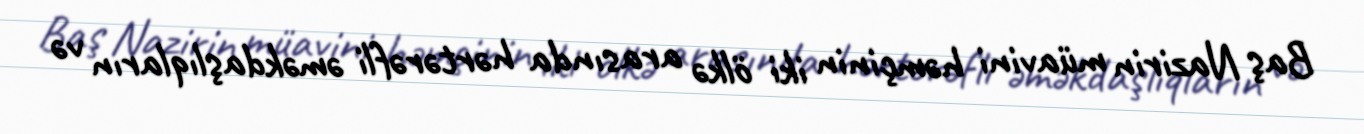
Baş Nazirin müavini həmçinin iki ölkə arasında hərtərəfli əməkdaşlıqların və